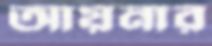
আয়নার